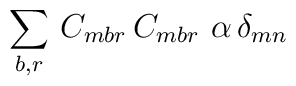
\sum_{b,r} \, C_{mbr} \, C_{mbr} \, \, \alpha \, \delta_{mn}